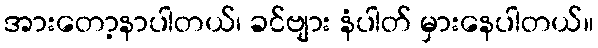
အားတော့နာပါတယ်၊ ခင်ဗျား နံပါတ် မှားနေပါတယ်။